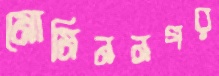
মোমিননগর